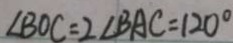
\angle B O C = 2 \angle B A C = 1 2 0 ^ { \circ }